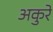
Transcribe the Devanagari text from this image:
अकुरे